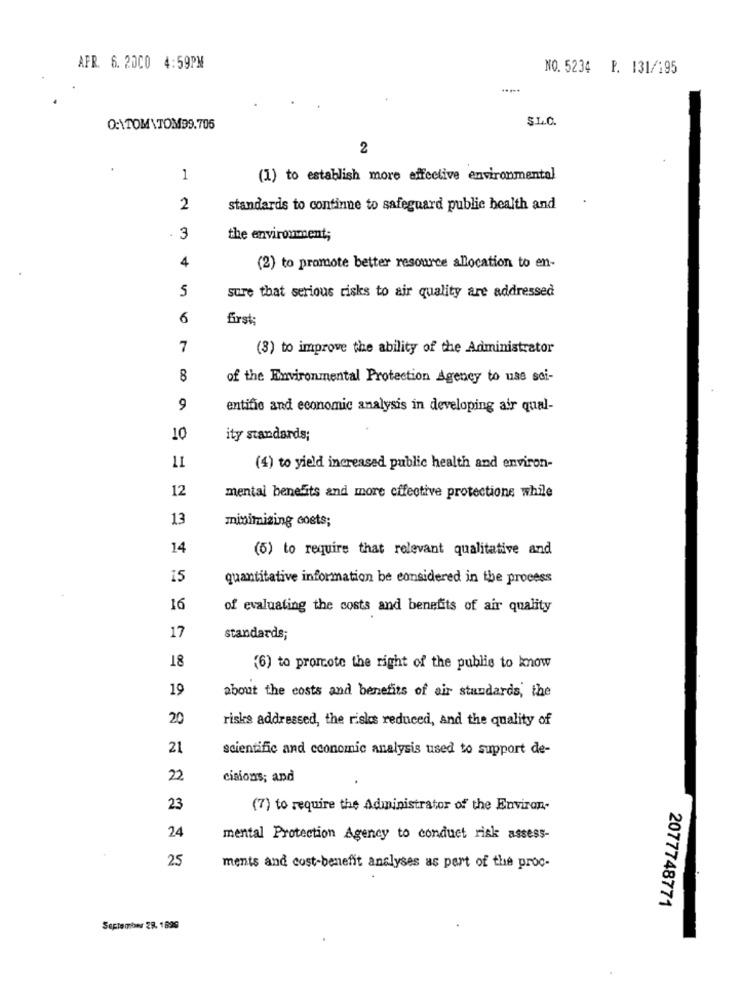
APR. 6. 2000 4:59PM
NO. 5234 F. 131/195
S.L.C.
0:\TOM\TOM99.705
2
1
(1) to establish more effective environmental
2
standards to continue to safeguard public health and
- 3
the environment;
4
(2) to promote better resource allocation to en-
5
sure that serious risks to air quality are addressed
6
first:
7
(3) to improve the ability of the Administrator
8
of the Environmental Protection Agency to uss sci-
9
entific and economic analysis in developing air qual-
10
ity standards;
11
(4) to yield increased public health and environ-
12
mental benefits and more effective protections while
13
minimizing costs;
14
(6) to require that relevant qualitative and
15
quantitative information be considered in the process
16
of evaluating the costs and benefits of air quality
17
standards;
18
(6) to promote the right of the public to know
19
about the costs and benefits of air standards, the
20
risks addressed, the risks reduced, and the quality of
21
scientific and economic analysis used to support de-
22
cisions; and
23
(7) to require the Administrator of the Environ-
24
mental Protection Agency to conduct risk assess-
25
ments and cost-benefit analyses as part of the proc-
2077748771
September 28. 1899